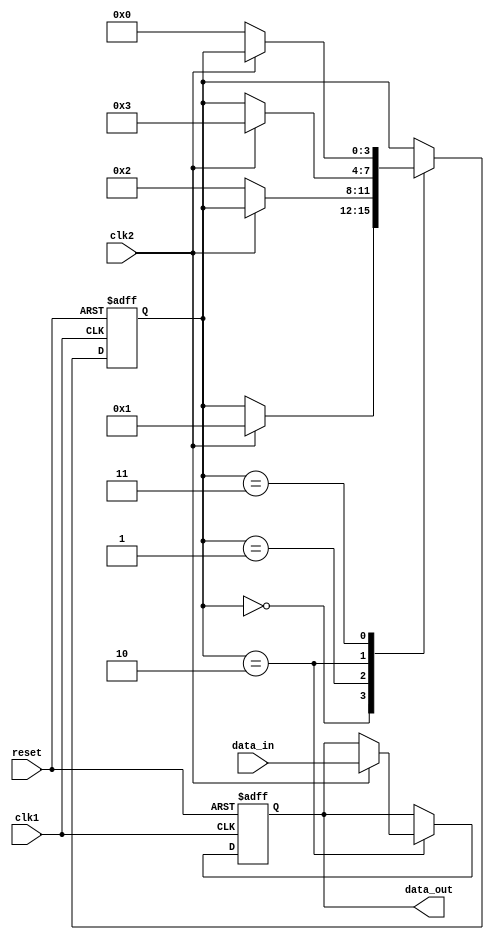
module burst_synchronizer (
    input wire clk1,           // Clock domain 1
    input wire clk2,           // Clock domain 2
    input wire reset,          // Reset signal
    input wire data_in,        // Input data to be synchronized
    output reg data_out        // Synchronized output data
);

reg [3:0] sync_state;          // Synchronization state variable
reg [3:0] sync_count;          // Synchronization count variable

always @(posedge clk1 or posedge reset) begin
    if (reset) begin
        sync_state <= 4'b0000;
        data_out <= 1'b0;
    end else begin
        case (sync_state)
            4'b0000: begin
                if (clk2) begin
                    sync_state <= 4'b0001;
                end
            end
            4'b0001: begin
                if (!clk2) begin
                    sync_state <= 4'b0010;
                end
            end
            4'b0010: begin
                if (clk2) begin
                    sync_state <= 4'b0011;
                    data_out <= data_in;
                end
            end
            4'b0011: begin
                if (!clk2) begin
                    sync_state <= 4'b0000;
                end
            end
        endcase
    end
end

endmodule